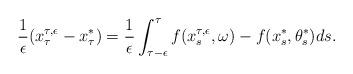
LaTeX: \begin{align*} \frac{1}{\epsilon} (x^{\tau,\epsilon}_\tau - x^*_\tau) &= \frac{1}{\epsilon} \int_{\tau-\epsilon}^{\tau} f(x^{\tau,\epsilon}_s,\omega) - f(x^*_s,\theta^*_s) ds. \end{align*}